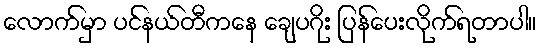
လောက်မှာ ပင်နယ်တီကနေ ချေပဂိုး ပြန်ပေးလိုက်ရတာပါ။